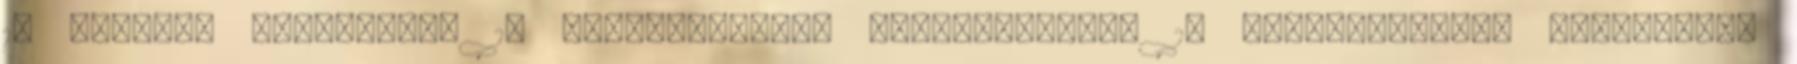
10 Európai élményeink 13 Magyarországi bakancslisták 13 Magyarországi élményeink